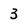
Character: 3